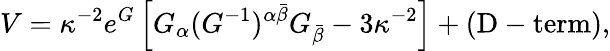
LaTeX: V=\kappa^{-2}e^{G}\left[G_{\alpha}(G^{-1})^{\alpha\bar{\beta}}G_{\bar{\beta}}-3\kappa^{-2}\right]+(\mathrm{D-term}),